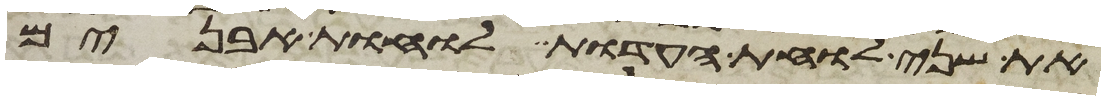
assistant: את שני לוחת העדות לוחת אבנים